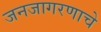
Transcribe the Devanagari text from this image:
जनजागरणाचे